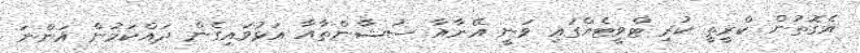
އެގޮތުން ކްރީތީ ކުރި ޓްވީޓެއްގައި ވަނީ އޭނާއާ ސުޝާންތާއާ އަޅުވައިގެން ދައްކަމުން އަންނަ